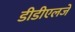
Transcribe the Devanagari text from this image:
डीडीएलजे